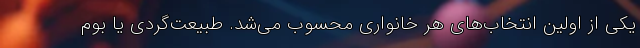
یکی از اولین انتخاب‌های هر خانواری محسوب می‌شد. طبیعت‌گردی یا بوم